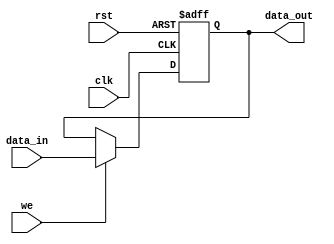
module can_register_asyn
( data_in,
  data_out,
  we,
  clk,
  rst
);

parameter WIDTH = 8; // default parameter of the register width
parameter RESET_VALUE = 0;

input [WIDTH-1:0] data_in;
input             we;
input             clk;
input             rst;

output [WIDTH-1:0] data_out;
reg    [WIDTH-1:0] data_out;



always @ (posedge clk or posedge rst)
begin
  if (rst)                            // asynchronous reset
    data_out<=#1 RESET_VALUE;
  else if (we)                        // write
    data_out<=#1 data_in;
end



endmodule